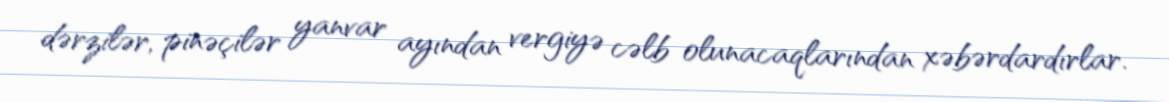
dərzilər, pinəçilər yanvar ayından vergiyə cəlb olunacaqlarından xəbərdardırlar.